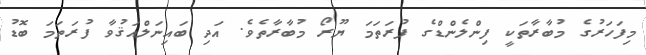
މިފަހަރުގެ މުބާރާތަކީ ފިންލެންޑްގެ ފުރަތަމަ ޔޫރޯ މުބާރާތެވެ. އަދި ބައިނަލްއަޤުވާ ފުރަތަމަ ބޮޑު